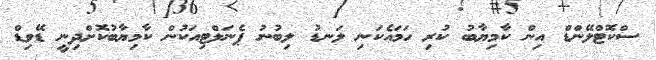
ސްކޮޓްލޭންޑް އިން ކާމިޔާބު ކުރި ހަމައެކަނި ލަނޑު ލިބުނު ޕެނަލްޓިއަކުން ކާމިޔާބުކޮށްދިނީ ޑޭވިޑް